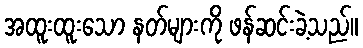
အထူးထူးသော နတ်များကို ဖန်ဆင်းခဲ့သည်။